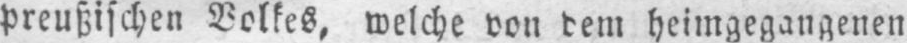
preußischen Volkes, welche von dem heimgegangenen